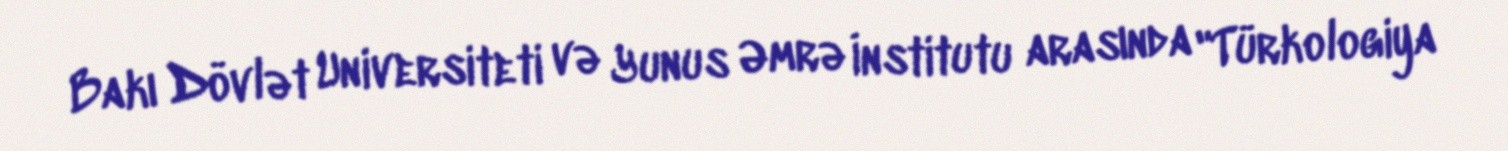
Bakı Dövlət Universiteti və Yunus Əmrə İnstitutu arasında "Türkologiya